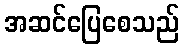
အဆင်ပြေစေသည်